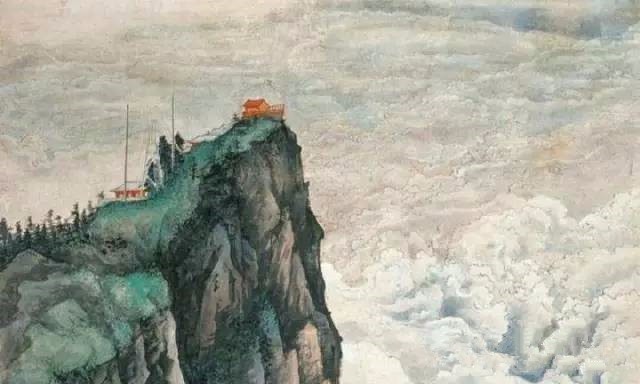
蜀道之难，难于上青天！